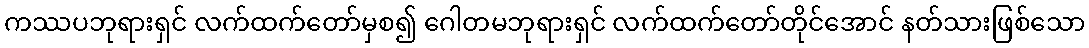
ကဿပဘုရားရှင် လက်ထက်တော်မှစ၍ ဂေါတမဘုရားရှင် လက်ထက်တော်တိုင်အောင် နတ်သားဖြစ်သော